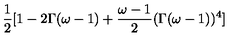
\frac { 1 } { 2 } [ 1 - 2 \Gamma ( \omega - 1 ) + \frac { \omega - 1 } { 2 } ( \Gamma ( \omega - 1 ) ) ^ { 4 } ]